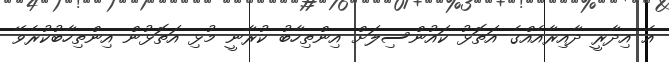
އެ އިދާރީ ދާއިރާއެއްގެ އަތޮޅު ކައުންސިލަށް އިންތިހާބު ކުރާނީ މުޅި އަތޮޅުން އިންތިހާބުކުރެވޭ